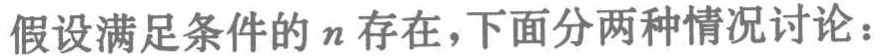
假设满足条件的\(n\)存在，下面分两种情况讨论：